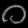
Digit: ၀